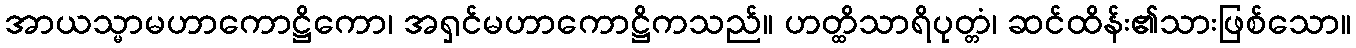
အာယသ္မာမဟာကောဋ္ဌိကော၊ အရှင်မဟာကောဋ္ဌိကသည်။ ဟတ္ထိသာရိပုတ္တံ၊ ဆင်ထိန်း၏သားဖြစ်သော။